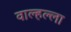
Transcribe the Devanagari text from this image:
वाल्हल्ला